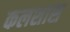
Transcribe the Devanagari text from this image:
कलशास